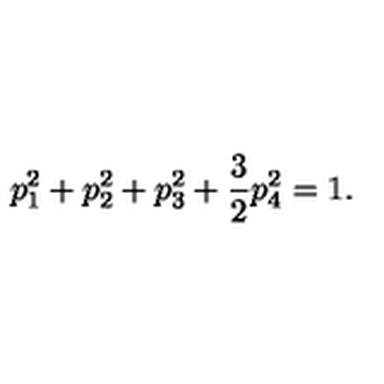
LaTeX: p _ { 1 } ^ { 2 } + p _ { 2 } ^ { 2 } + p _ { 3 } ^ { 2 } + \frac { 3 } { 2 } p _ { 4 } ^ { 2 } = 1 .